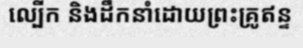
ល្បើក និងដឹកនាំដោយព្រះគ្រូឥន្ទ